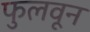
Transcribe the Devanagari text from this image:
फुलवून